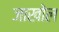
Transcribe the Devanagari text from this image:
जाखोल